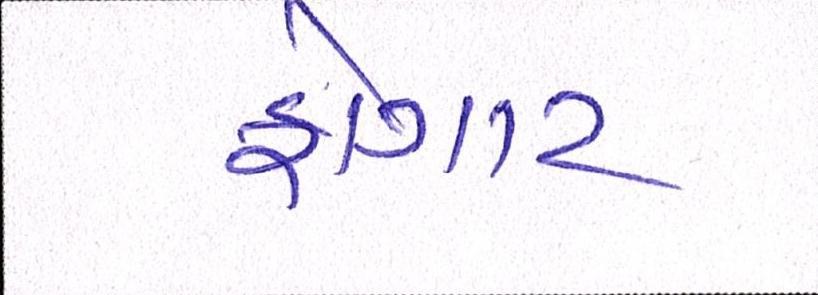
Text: ફોગાટ